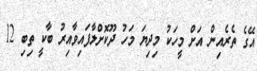
އޭގެ ތެރެއިން އަށް މީހަކު މިދިޔަ މަހު ދޫކޮށްލާފައިވާއިރު ބާކީ ތިބި 12